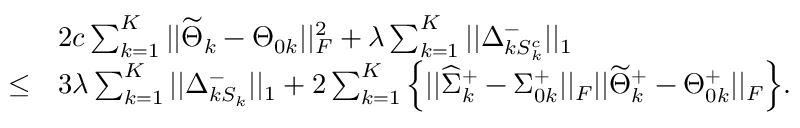
\begin{array} { r l } & { 2 c \sum _ { k = 1 } ^ { K } | | \widetilde { \Theta } _ { k } - \Theta _ { 0 k } | | _ { F } ^ { 2 } + \lambda \sum _ { k = 1 } ^ { K } | | \Delta _ { k S _ { k } ^ { c } } ^ { - } | | _ { 1 } } \\ { \leq } & { 3 \lambda \sum _ { k = 1 } ^ { K } | | \Delta _ { k S _ { k } } ^ { - } | | _ { 1 } + 2 \sum _ { k = 1 } ^ { K } \Big \{ | | \widehat { \Sigma } _ { k } ^ { + } - \Sigma _ { 0 k } ^ { + } | | _ { F } | | \widetilde { \Theta } _ { k } ^ { + } - \Theta _ { 0 k } ^ { + } | | _ { F } \Big \} . } \end{array}